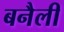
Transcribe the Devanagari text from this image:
बनैली